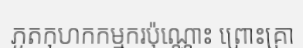
ភូតកុហកកម្មករប៉ុណ្ណោះ ព្រោះគ្រា